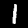
Label: 1